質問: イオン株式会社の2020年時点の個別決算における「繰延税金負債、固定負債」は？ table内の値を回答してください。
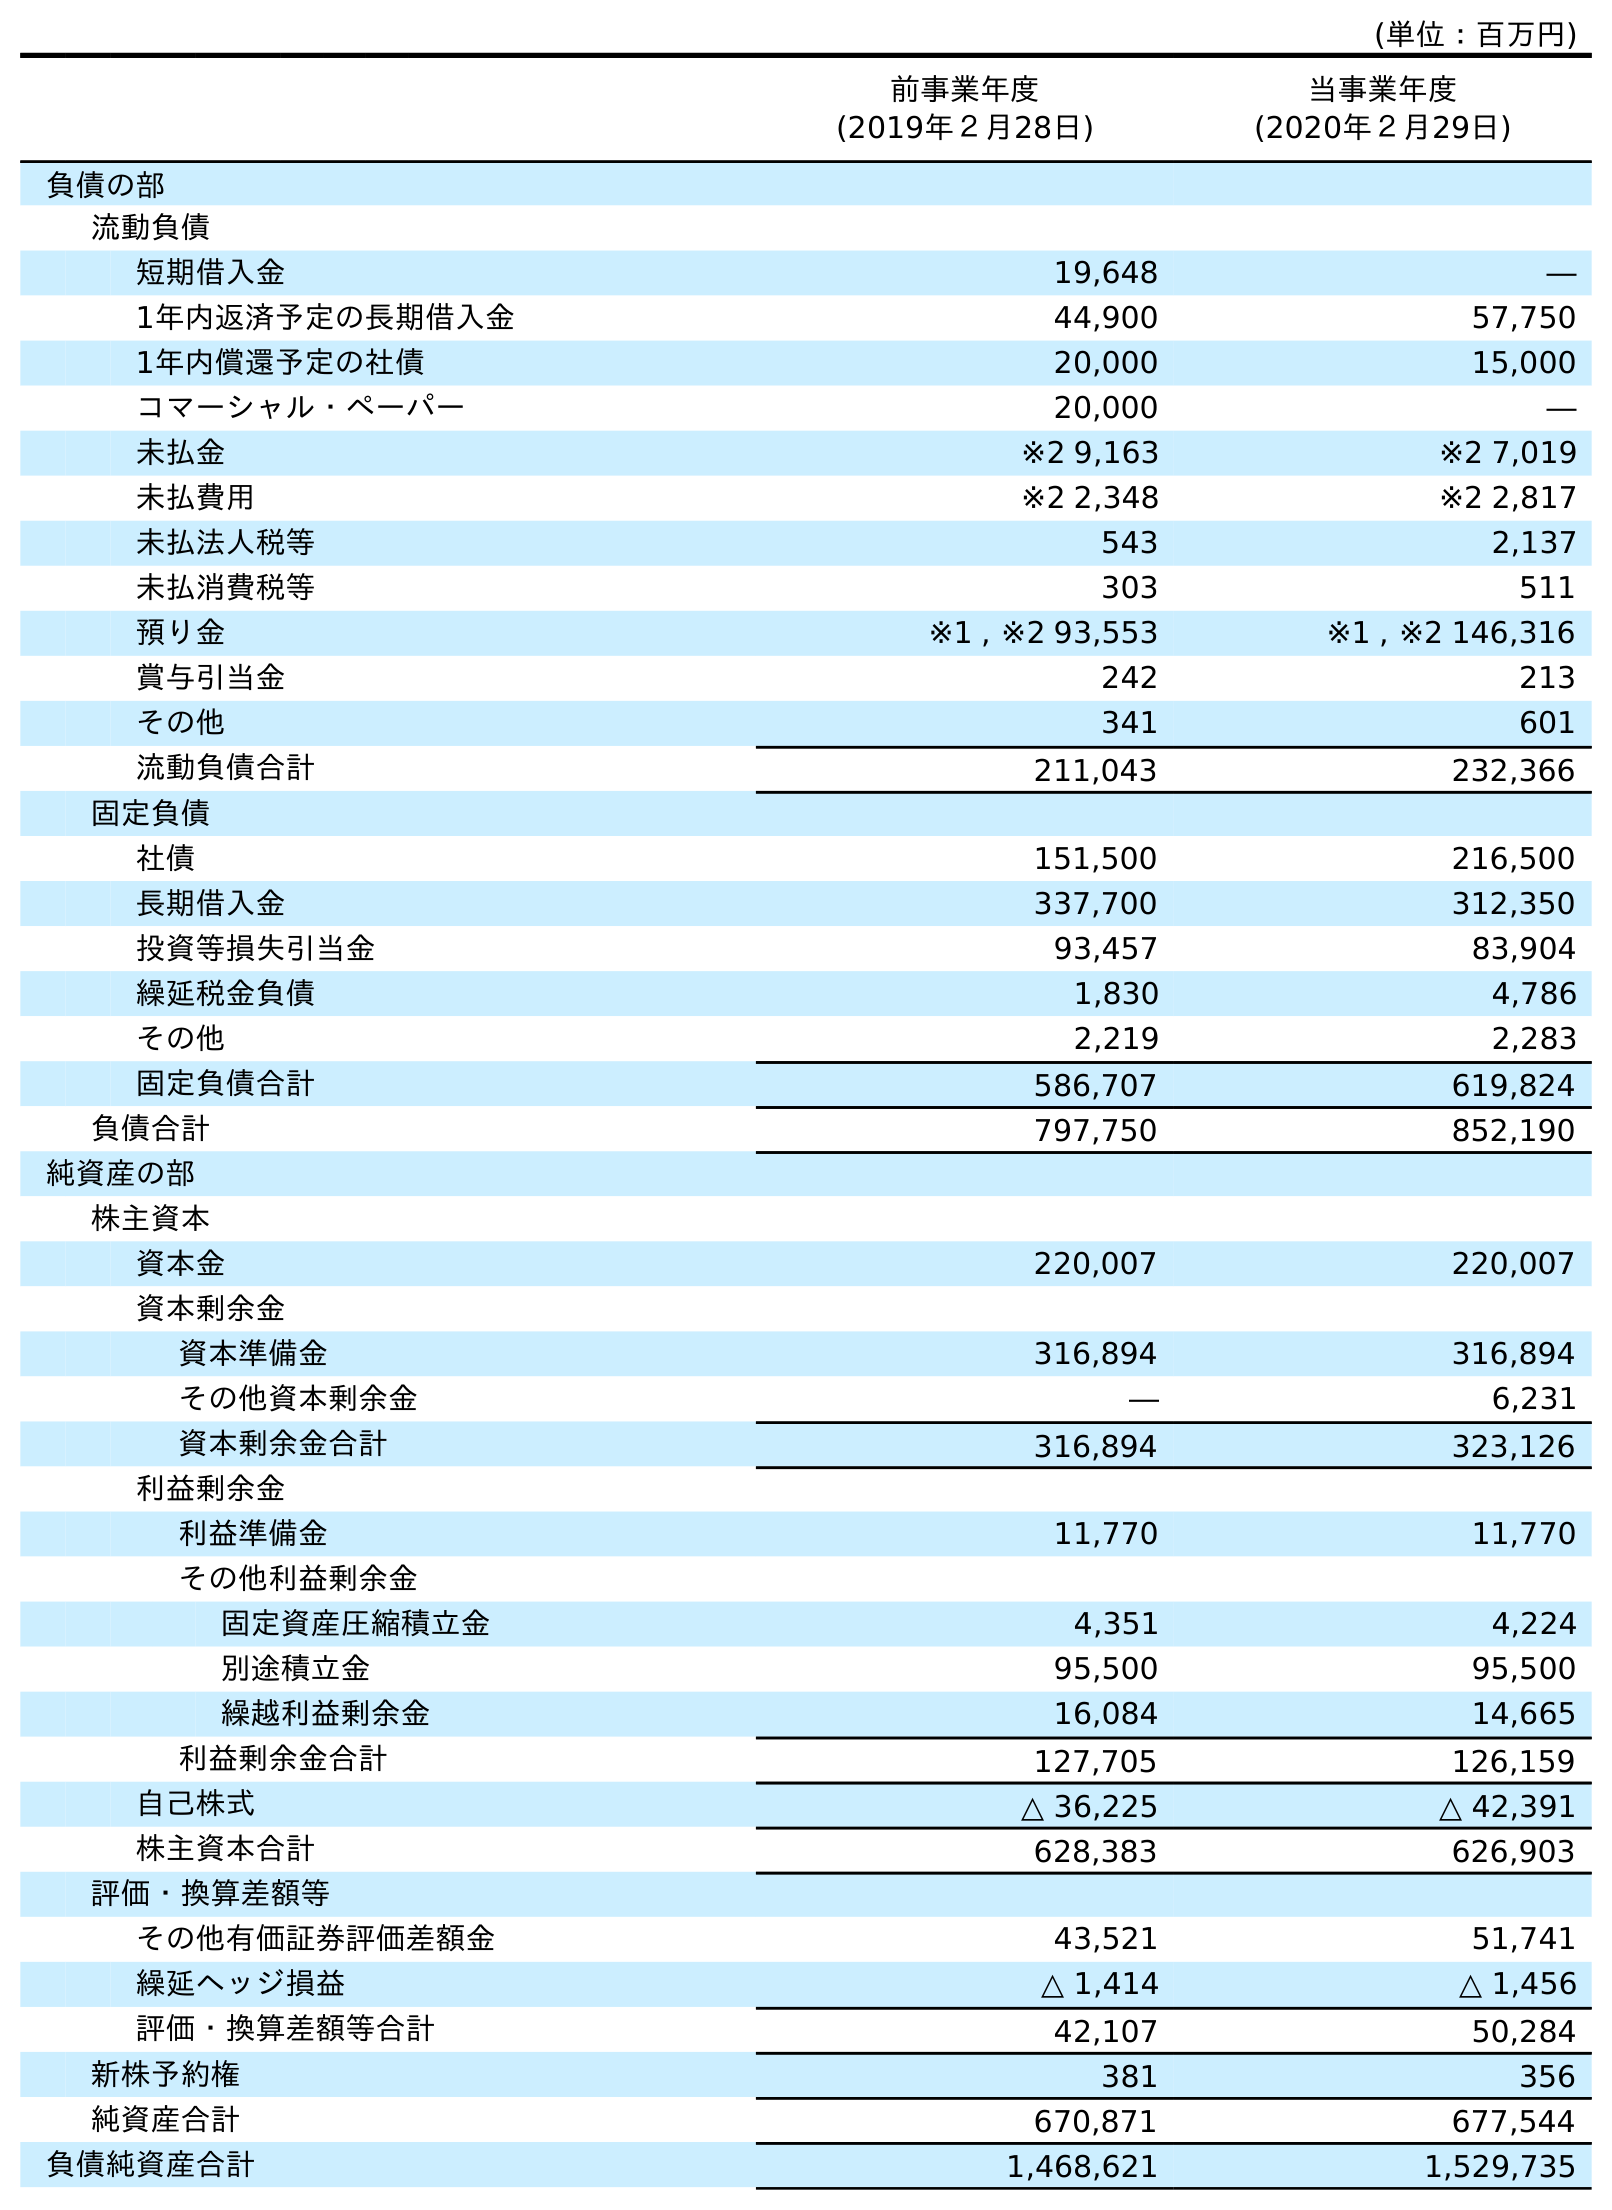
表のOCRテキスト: (単位：百万円) 前事業年度 (2019年２月28日) 当事業年度 (2020年２月29日) 負債の部 流動負債 短期借入金 19,648 ― 1年内返済予定の長期借入金 44,900 57,750 1年内償還予定の社債 20,000 15,000 コマーシャル・ペーパー 20,000 ― 未払金 ※2 9,163 ※2 7,019 未払費用 ※2 2,348 ※2 2,817 未払法人税等 543 2,137 未払消費税等 303 511 預り金 ※1 , ※2 93,553 ※1 , ※2 146,316 賞与引当金 242 213 その他 341 601 流動負債合計 211,043 232,366 固定負債 社債 151,500 216,500 長期借入金 337,700 312,350 投資等損失引当金 93,457 83,904 繰延税金負債 1,830 4,786 その他 2,219 2,283 固定負債合計 586,707 619,824 負債合計 797,750 852,190 純資産の部 株主資本 資本金 220,007 220,007 資本剰余金 資本準備金 316,894 316,894 その他資本剰余金 ― 6,231 資本剰余金合計 316,894 323,126 利益剰余金 利益準備金 11,770 11,770 その他利益剰余金 固定資産圧縮積立金 4,351 4,224 別途積立金 95,500 95,500 繰越利益剰余金 16,084 14,665 利益剰余金合計 127,705 126,159 自己株式 △ 36,225 △ 42,391 株主資本合計 628,383 626,903 評価・換算差額等 その他有価証券評価差額金 43,521 51,741 繰延ヘッジ損益 △ 1,414 △ 1,456 評価・換算差額等合計 42,107 50,284 新株予約権 381 356 純資産合計 670,871 677,544 負債純資産合計 1,468,621 1,529,735
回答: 4,786